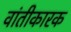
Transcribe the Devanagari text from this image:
वांतीकारक